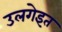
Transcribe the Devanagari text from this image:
उलगेइत